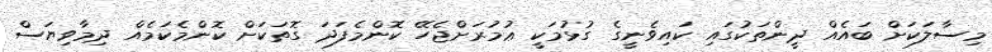
މިސާލަކަށް ބައެއް ދީންތަކުގައި ކައިވެނީގެ ގުޅުމަކީ ޢުމުރަށްޖެހޭ ކޮންމެފަދަ ގޮތަކަށް ކޮންމެކަމެއް ދިމާވިޔަސް